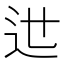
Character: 𨑘